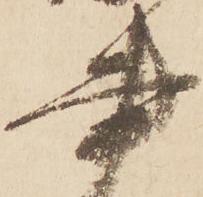
書